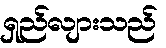
ရှည်လျားသည်